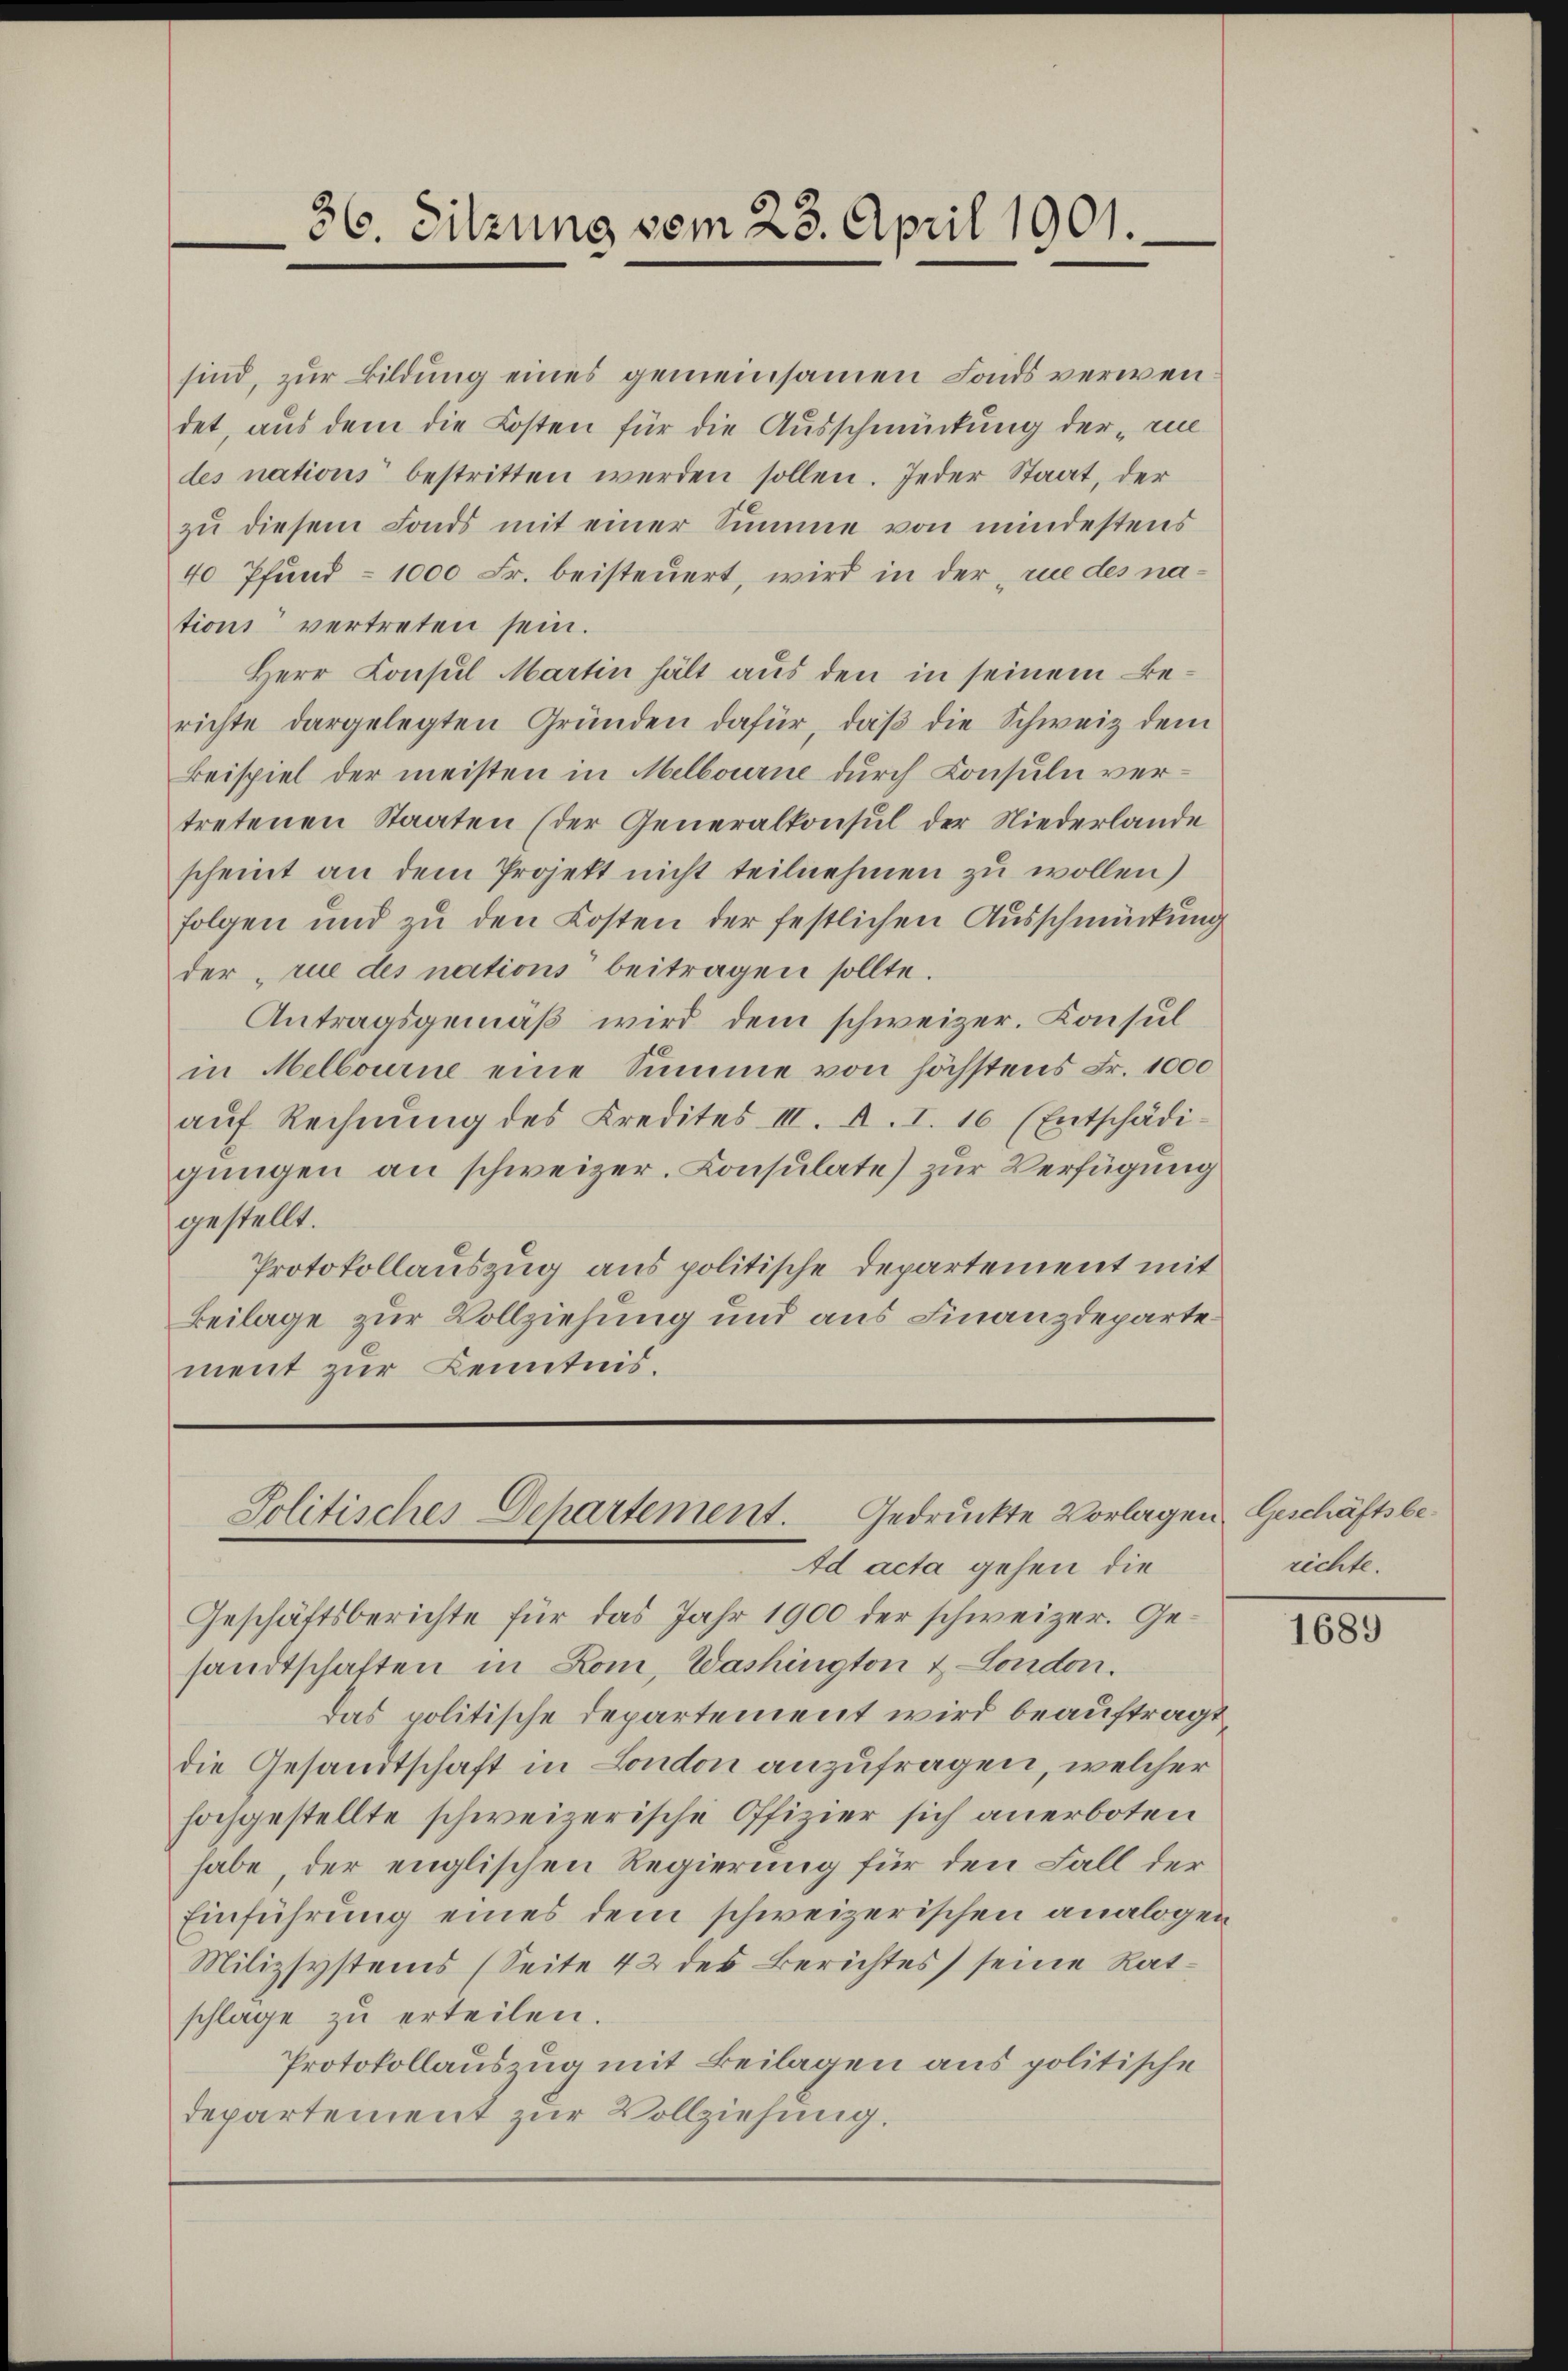
36. Sitzung vom 23. April 1901.

sind, zur Bildung eines gemeinsamen Fonds verwendet, aus dem die Kosten für die Ausschmückung der „re
des nations bestritten werden sollen. Jeder Staat, der
zu diesem Fonds mit einer Summe von mindestens
40 Pfund 1000 Fr. beisteuert, wird in der rue des nations vertreten sein.
Herr Consul Martin hält aus den in seinem Berichte dargelegten Gründen dafür, daβ die Schweiz dem
Beispiel der meisten in Melbourne durch Consuln vertretenen Staaten (der Generalkonsul der Niederlande
scheint an dem Projekt nicht teilnehmen zu wollen)
folgen und zu den Kosten der festlichen Ausschmückung
der rue des nations beitragen sollte.
Antragsgemäß wird dem schweizer. Consul
in Melbourne eine Summe von höchstens Fr. 1000
aŭf Rechnŭng des Kredites III. A. I. 10 (Entschädigungen an schweizer. Consulate) zur Verfügung
gestellt.
Protokollauszug aus politische Departement mit
Beilage zur Vollziehung und aus Finanzdeparte
ment zur Kenntnis.

Politisches Departement. Gedruckte Vorlagen
Ad acta gehen die

Geschäftsberichte für das Jahr 1900 der schweizer. Gesandtschaften in Rom, Washington & London.
das politische Departement wird beauftragt
die Gesandtschaft in London anzufragen, welcher
hochgestellte schweizerische Offizier sich anerboten
habe der englischen Regierung für den Fall der
Einführung eines dem schweizerischen analogen
Milizsystems (Seite 42 des Berichtes seine Ratschlage zu erteilen.
Protokollauszug mit Beilagen aus politische
departement zur Vollziehung.

Geschäftsberichte.

1689